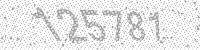
Solution: 125781